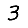
Digit: 3